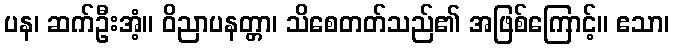
ပန၊ ဆက်ဦးအံ့။ ဝိညာပနတ္တာ၊ သိစေတတ်သည်၏ အဖြစ်ကြောင့်။ ဧသာ၊